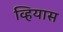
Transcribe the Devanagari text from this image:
व्हियास